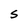
Character: S